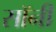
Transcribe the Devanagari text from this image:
सॉनी